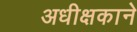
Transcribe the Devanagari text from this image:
अधीक्षकाने